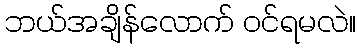
ဘယ်အချိန်လောက် ဝင်ရမလဲ။